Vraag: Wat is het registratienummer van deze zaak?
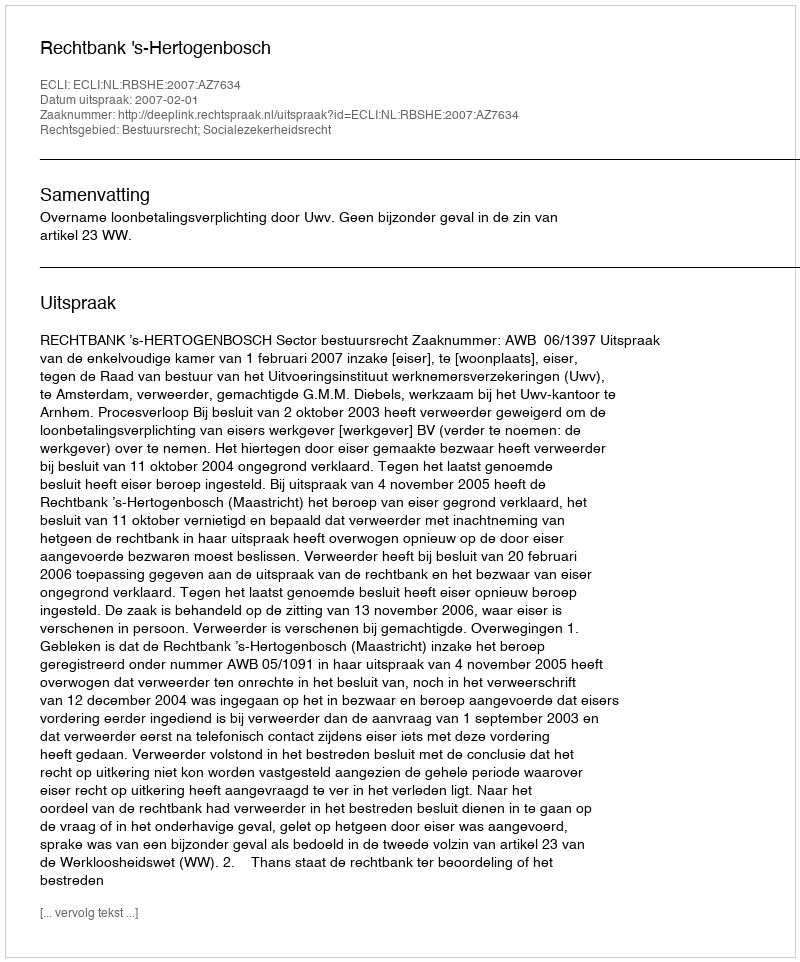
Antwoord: http://deeplink.rechtspraak.nl/uitspraak?id=ECLI:NL:RBSHE:2007:AZ7634